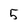
Character: 5